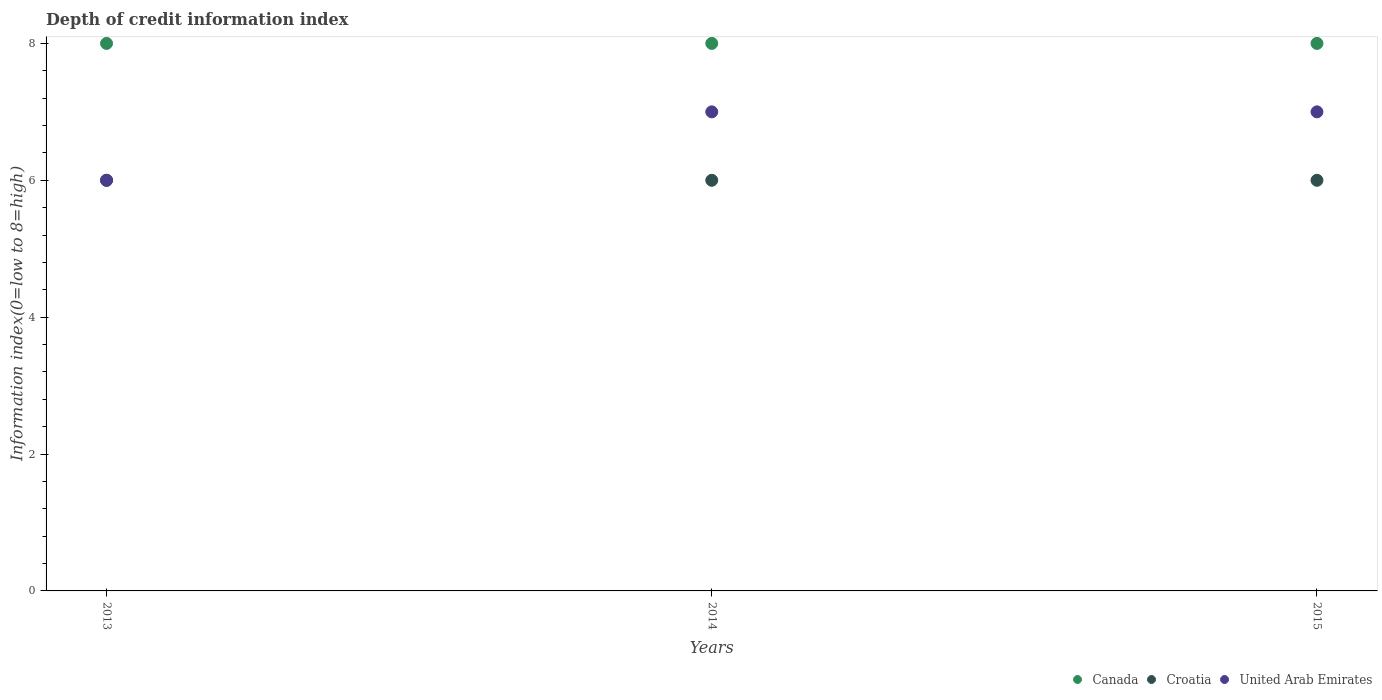
| Years | Canada | Croatia | United Arab Emirates |
 | --- | --- | --- | --- |
 | 2013 | 8 | 6 | 6 |
 | 2014 | 8 | 6 | 7 |
 | 2015 | 8 | 6 | 7 |